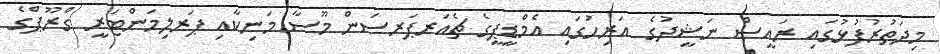
މިދަތުރުފުޅުގައި ރައީސް ނަޝީދުގެ އަރިހުަގައި އެމްޑީޕީގެ ޗެއަރޕަރސަން މޫސާ މަނިކާއި ޕަރލިމަންޓަރީ ގްރޫޕްގެ